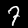
Label: 7